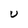
Character: U